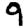
Digit: 9